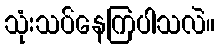
သုံးသပ်နေကြပါသလဲ။